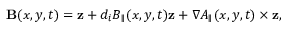
\mathbf { B } ( x , y , t ) = \mathbf { z } + d _ { i } B _ { \parallel } ( x , y , t ) \mathbf { z } + \nabla A _ { \parallel } ( x , y , t ) \times \mathbf { z } ,